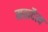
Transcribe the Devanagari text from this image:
महादैत्य